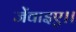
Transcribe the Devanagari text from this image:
जेंवाइए।।